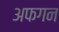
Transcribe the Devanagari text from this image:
अफगन